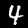
Digit: 4